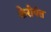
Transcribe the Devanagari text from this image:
केरोपंत